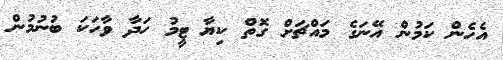
އެހެން ކަމުން އޭނަގެ މައްޗަށް ގޮތް ކިޔާ ޓީމު ހަދާ ވާހަކަ ބުނުމުން